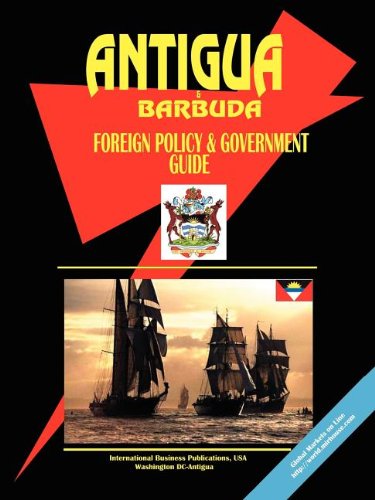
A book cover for Antigua And Barbuda Foreign Policy & Government Guide; Ibp Usa; Travel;